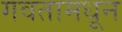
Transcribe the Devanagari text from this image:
गवतामधून